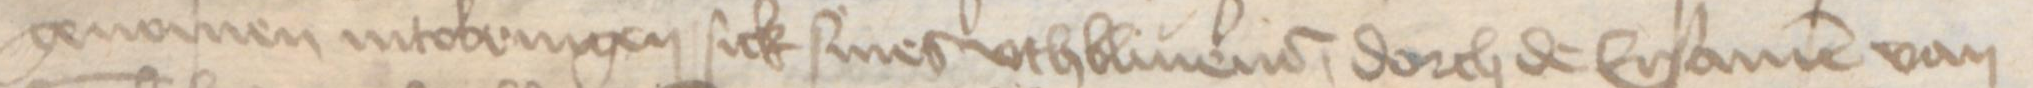
genomen intobringen sick siner vthbliuener, dorch de Ersamen van